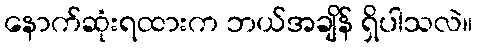
နောက်ဆုံးရထားက ဘယ်အချိန် ရှိပါသလဲ။